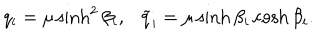
q _ { i } = \mu \sinh ^ { 2 } \beta _ { i } , \ \ \ \tilde { q } _ { i } = \mu \sinh \beta _ { i } \cosh \beta _ { i } .